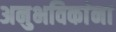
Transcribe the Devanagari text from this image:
अनुभविकांना